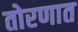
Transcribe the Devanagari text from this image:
तोरणात